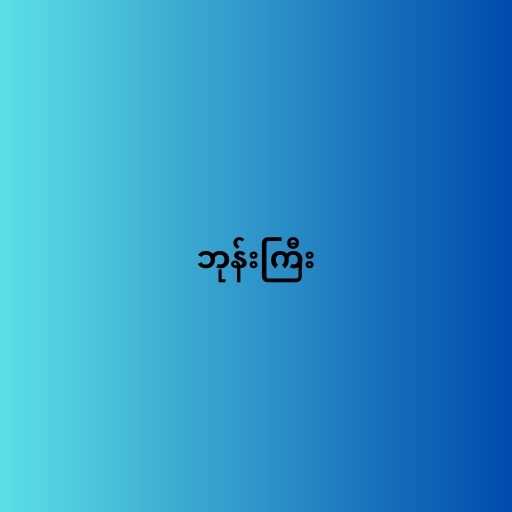
ဘုန်းကြီး